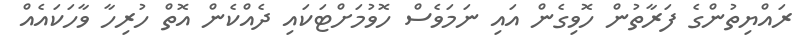
ރައްޔިތުންގެ ފަރާތުން ހޮވިގެން އައި ނަމަވެސް ހޮވުމަށްޓަކައި ދެއްކެން އޮތް ހުރިހާ ވާހަކައެއް